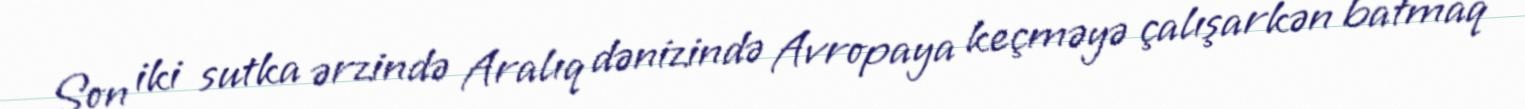
Son iki sutka ərzində Aralıq dənizində Avropaya keçməyə çalışarkən batmaq